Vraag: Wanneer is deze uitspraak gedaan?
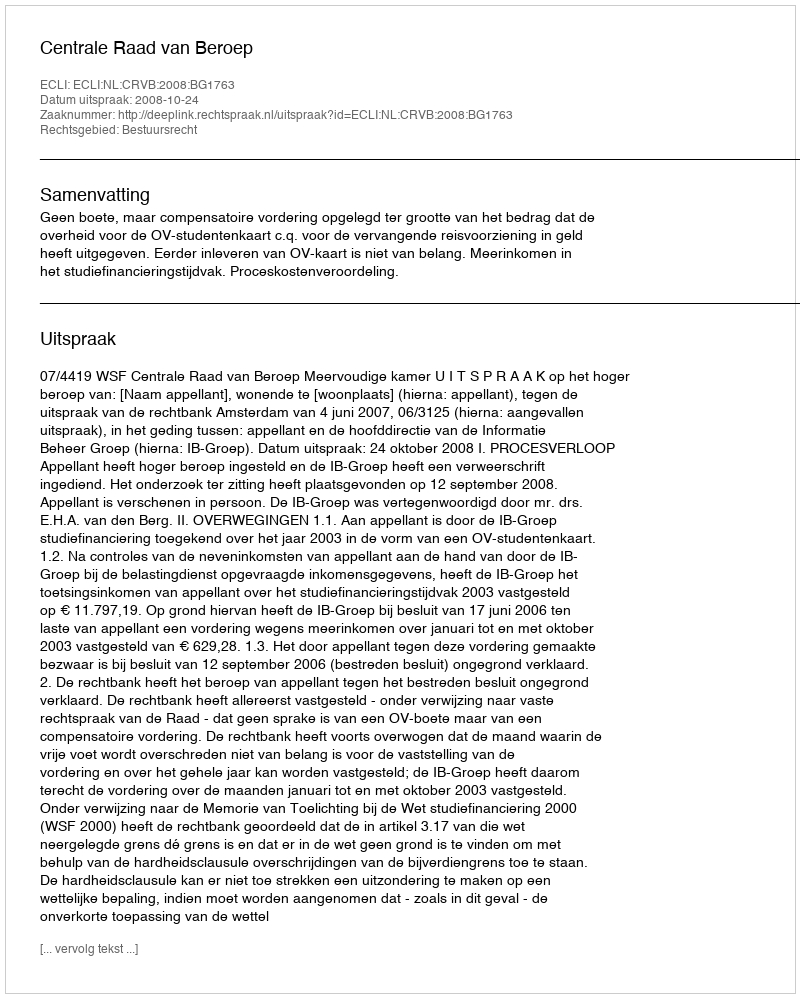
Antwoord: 2008-10-24